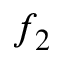
f _ { 2 }